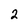
Character: 2